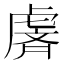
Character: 𫊢